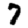
Digit: 7